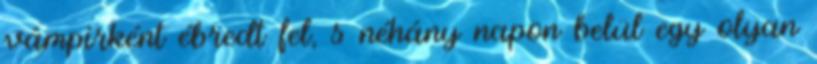
vámpírként ébredt fel, s néhány napon belül egy olyan